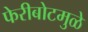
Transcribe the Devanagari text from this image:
फेरीबोटमुळे